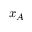
x _ { A }